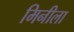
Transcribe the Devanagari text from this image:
मिनीला